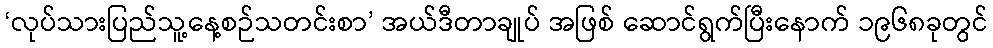
‘လုပ်သားပြည်သူ့နေ့စဉ်သတင်းစာ’ အယ်ဒီတာချုပ် အဖြစ် ဆောင်ရွက်ပြီးနောက် ၁၉၆၈ခုတွင်